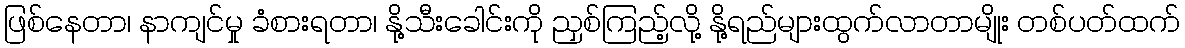
ဖြစ်နေတာ၊ နာကျင်မှု ခံစားရတာ၊ နို့သီးခေါင်းကို ညှစ်ကြည့်လို့ နို့ရည်များထွက်လာတာမျိုး တစ်ပတ်ထက်